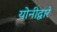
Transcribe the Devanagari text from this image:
योनीद्वारे